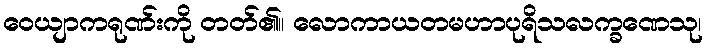
ဝေယျာကရုဏ်းကို တတ်၏။ လောကာယတမဟာပုရိသလက္ခဏေသု၊